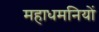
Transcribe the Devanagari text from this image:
महाधमनियों